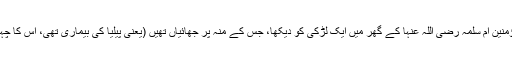
1457: اُمّ المؤمنین اُمّ سلمہ رضی اللہ عنہا سے روایت ہے کہ رسول اللہﷺ نے اُمّ المؤمنین اُمّ سلمہ رضی اللہ عنہا کے گھر میں ایک لڑکی کو دیکھا، جس کے منہ پر جھائیاں تھیں (یعنی پیلیا کی بیماری تھی، اس کا چہرہ زردی مائل تھا)، آپﷺ نے فرمایا کہ اس کو نظر لگی ہے ، اس کے لئے دم کرو۔